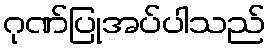
ဂုဏ်ပြုအပ်ပါသည်